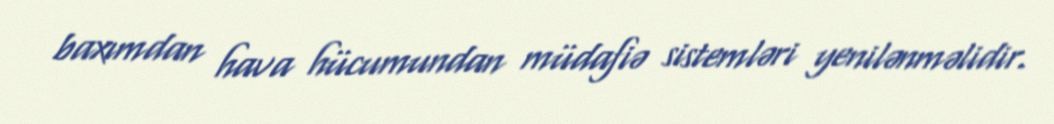
baxımdan hava hücumundan müdafiə sistemləri yenilənməlidir.